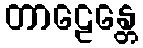
တာဠေန္တေ